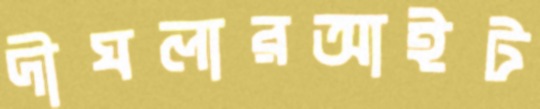
দীঘলারআইট